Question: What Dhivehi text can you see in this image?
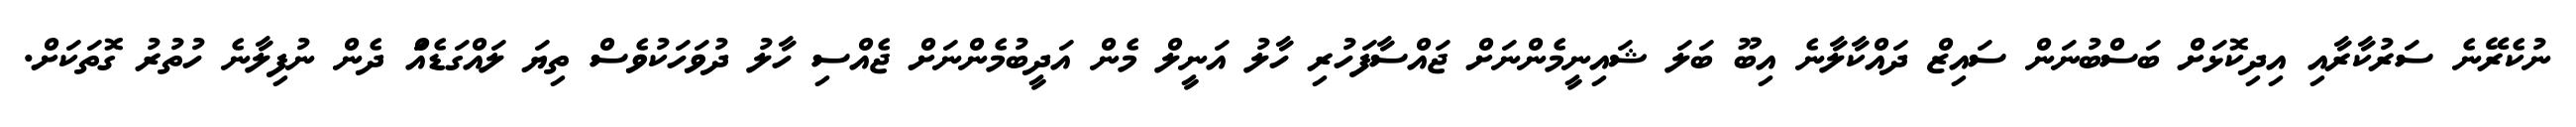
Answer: ނުކެރޭނެ ސަރުކާރާއި އިދިކޮޅަށް ބަސްބުނަން ސައިޒް ދައްކާލާނެ އިބޫ ބަލަ ޝައިނީމެންނަށް ޖައްސާފަހުރި ހާލު އަނީލް މެން އަދީބުމެންނަށް ޖެއްސި ހާލު ދުވަހަކުވެސް ތިޔަ ލައްގަޑެއްަ ދެން ނުފިލާނެ ހުތުރު ގޮތަކަށް.